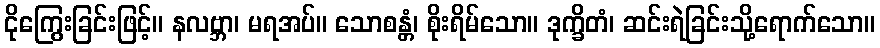
ငိုကြွေးခြင်းဖြင့်။ နလဗ္ဘာ၊ မရအပ်။ သောစန္တံ၊ စိုးရိမ်သော။ ဒုက္ခိတံ၊ ဆင်းရဲခြင်းသို့ရောက်သော။